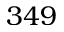
3 4 9